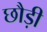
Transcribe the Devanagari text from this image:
छौड़ी